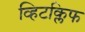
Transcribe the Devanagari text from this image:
व्हिटक्लिफ